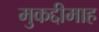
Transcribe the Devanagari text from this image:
मुकद्दीमाह